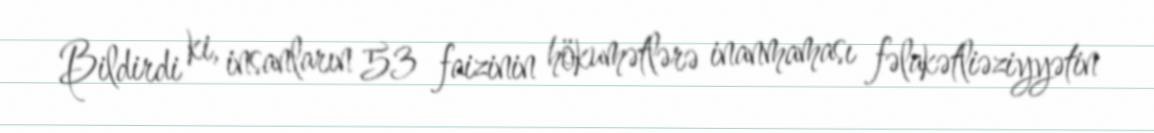
Bildirdi ki, insanların 53 faizinin hökumətlərə inanmaması fəlakətliəziyyətin